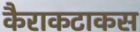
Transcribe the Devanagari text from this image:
कैराकटाकस